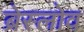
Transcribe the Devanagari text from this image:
ब्रेस्लोव